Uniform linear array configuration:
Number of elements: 24
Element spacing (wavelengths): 0.25
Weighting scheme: binomial
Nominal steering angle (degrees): -60
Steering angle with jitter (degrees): -59.325
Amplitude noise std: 0.05
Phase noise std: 0.05

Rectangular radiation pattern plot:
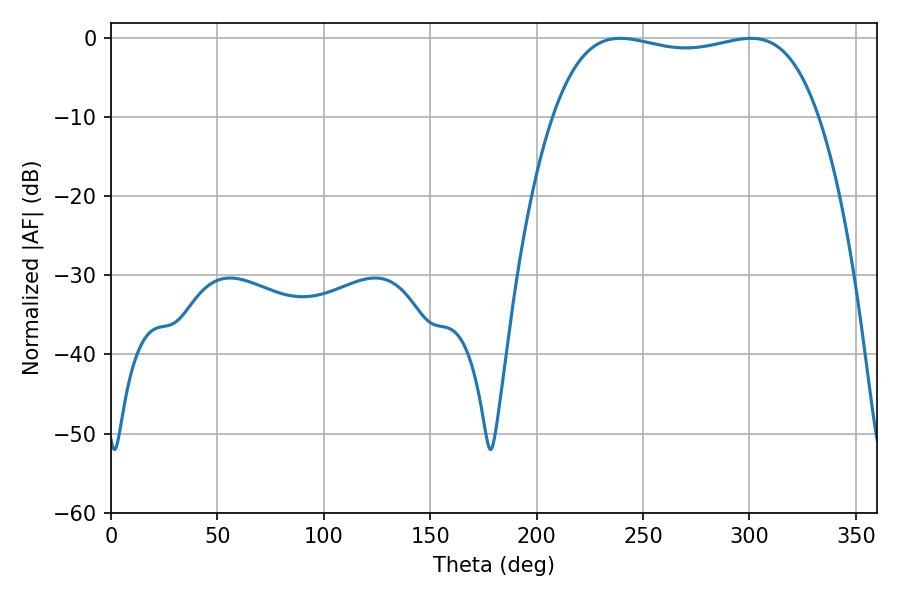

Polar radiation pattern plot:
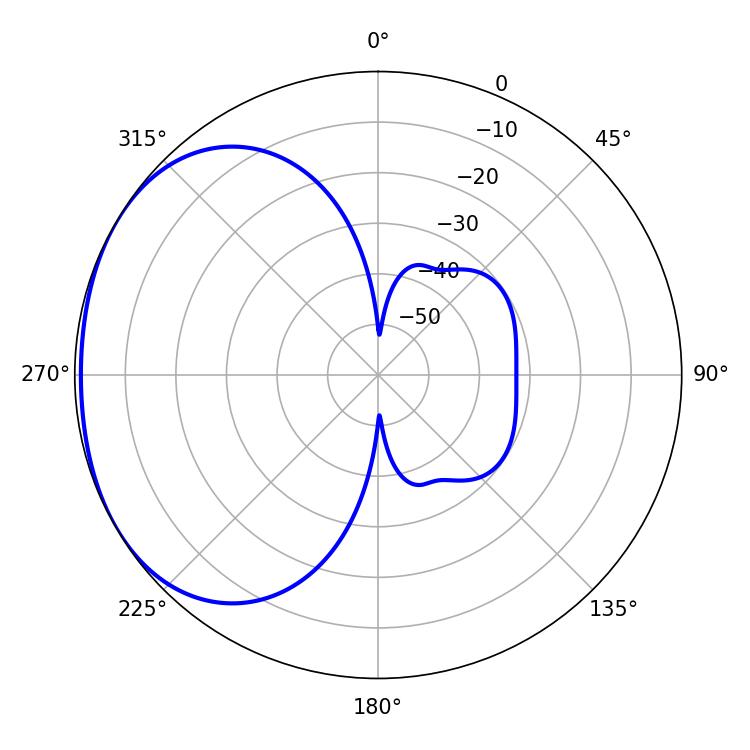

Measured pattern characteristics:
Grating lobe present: FALSE
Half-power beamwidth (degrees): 100.44
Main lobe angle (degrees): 239.22